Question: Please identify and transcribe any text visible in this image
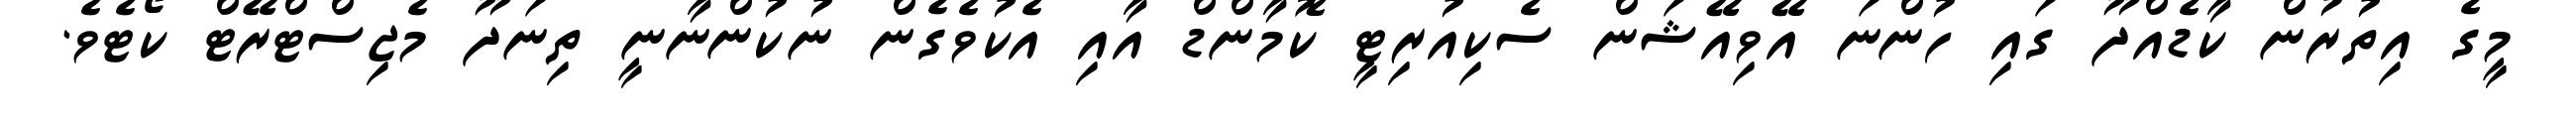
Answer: މީގެ އިތުރުން ކާޑެއްދޫ ގައި ހުންނަ އޭވިއޭޝަން ސެކިއުރިޓީ ކޮމާންޑް އާއި އެކުވެގެން ނުކުންނާނީ ތިނަދޫ މެޖިސްޓްރޭޓް ކޯޓެވެ.